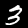
Label: 3